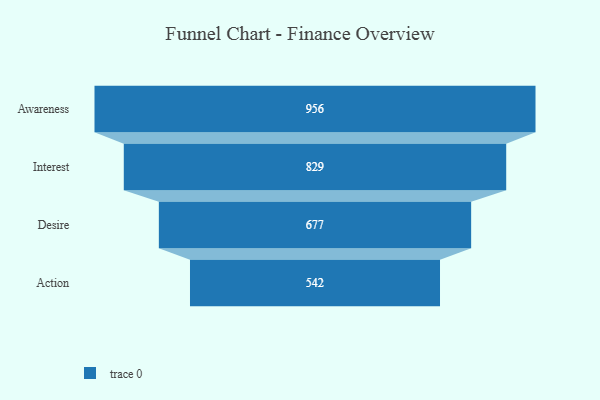
{"axis": {"x": "Stage", "y": "Value"}, "legend": [""], "data": [{"x": "Awareness", "y": 956.0, "type": ""}, {"x": "Interest", "y": 829.0, "type": ""}, {"x": "Desire", "y": 677.0, "type": ""}, {"x": "Action", "y": 542.0, "type": ""}]}